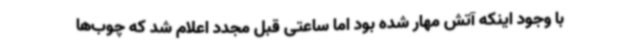
با وجود اینکه آتش مهار شده بود اما ساعتی قبل مجدد اعلام شد که چوب‌ها